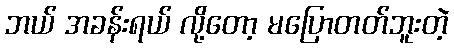
ဘယ် အခန်းရယ် လို့တော့ မပြောတတ်ဘူးတဲ့